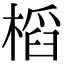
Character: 槄